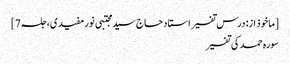
[ماخوذ از: درس تفسیر استاد حاج سید مجتبی نورمفیدی، جلسہ 7]
سورہ حمد کی تفسیر